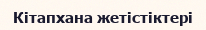
Кітапхана жетістіктері